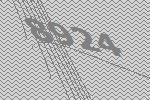
8924